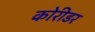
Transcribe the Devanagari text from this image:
कोरीडर